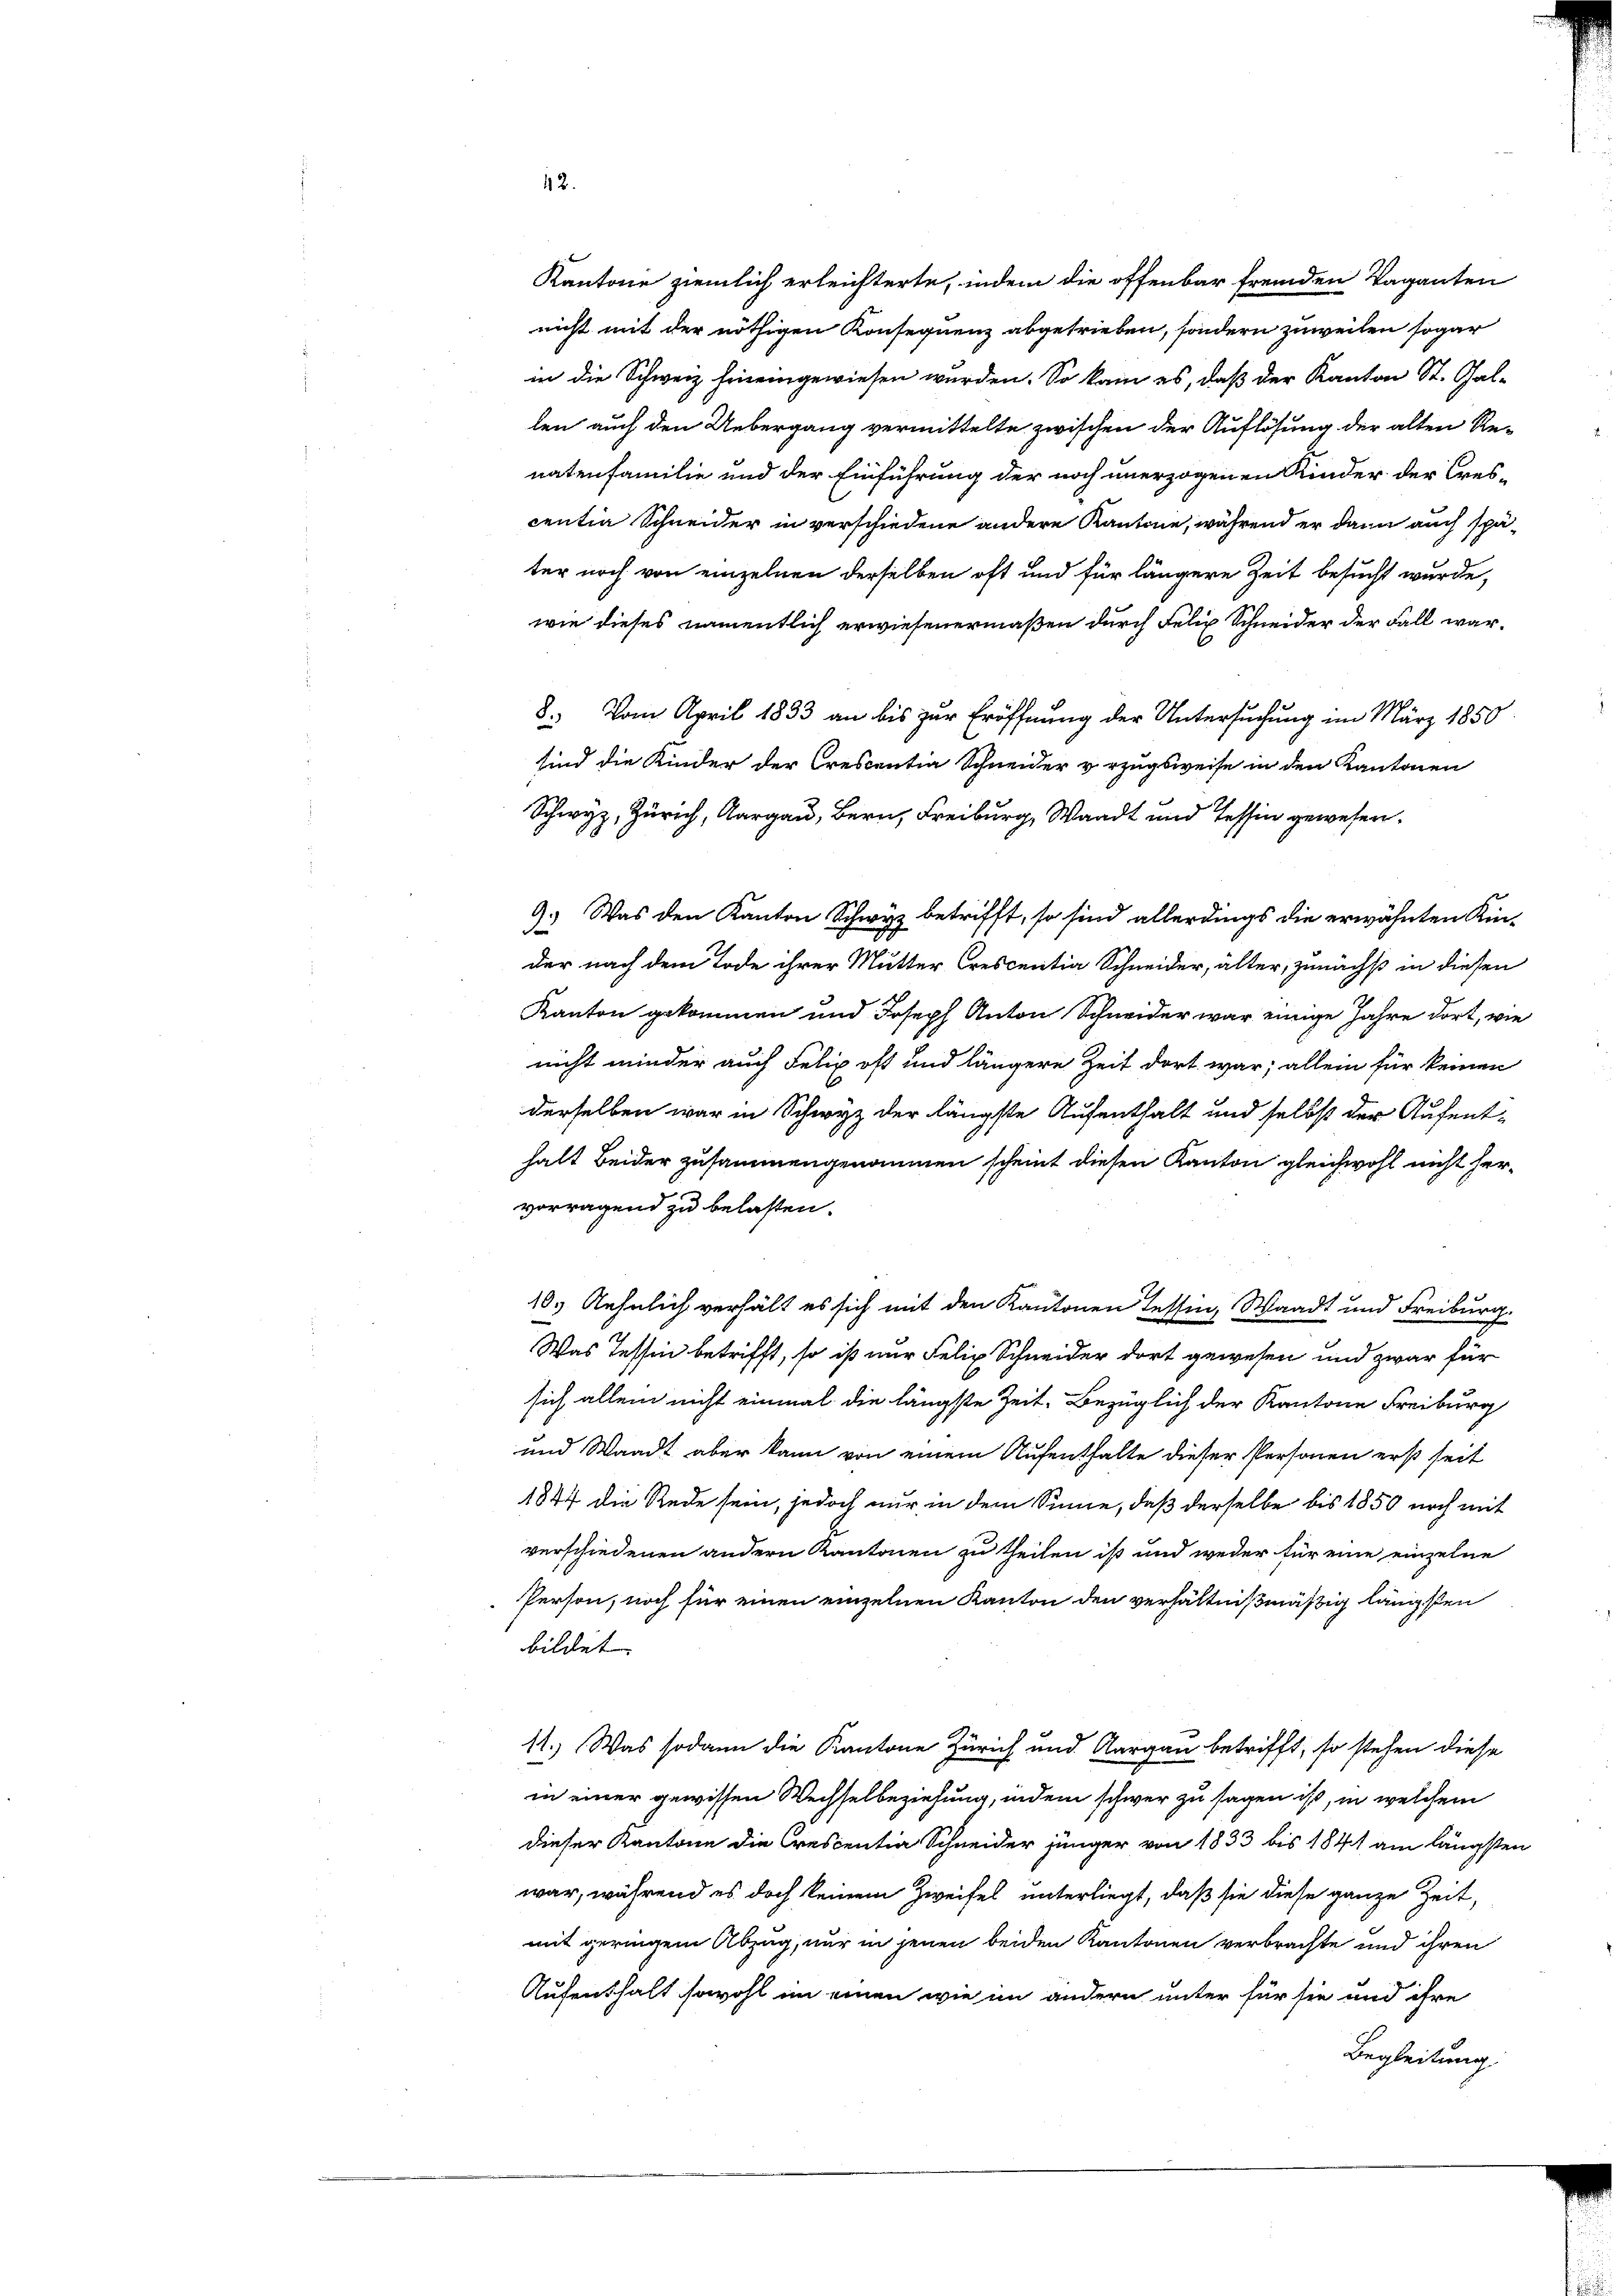
ter noch von einzelnen derselben oft und für längere Zeit besucht wurde,
wie dieses namentlich erwiesenermaßen durch Felix Schneider der Fall war¬
8.) Vom April 1833 an bis zur Eröffnung der Untersuchung im März 1850
sind die Kinder der Crescentia Schneider vorzugsweise in den Kantonen
Schwyz, Zürich, Aargau, Bern, Freiburg, Waadt und Tessin gewesen.
9.) Was den Kanton Schwyz betrifft, so sind allerdings die erwähnten Kinder nach dem Tode ihrer Mutter Crescentia Schneider, älter, zunächst in diesen
Kanton gekommen und Joseph Anton Schneider war einige Jahre dort, wie
nicht minder auch Felix oft und längere Zeit dort war; allein für keinen
derselben war in Schwyz der längste Aufenthalt und selbst der Aufent-
halt Beider zusammengenommen scheint diesen Kanton gleichwohl nicht hervorragend zu belasten.
10. Aehnlich verhält es sich mit den Kantonen Tessin, Waadt und Freiburg.
Was Tessin betrifft, so ist nur Felix Schneider dort gewesen und zwar für
sich allein nicht einmal die längste Zeit Bezüglich der Kantone Freiburg
und Waadt aber kann von einem Aufenthalte dieser Personen erst seit
1844 die Rede sein, jedoch nur in dem Sinne, daß derselbe bis 1850 noch mit
verschiedenen andern Kantonen zu theilen ist und weder für eine einzelne
Person, noch für einen einzelnen Kanton den verhältnißmäßig längsten
bildet.
11.) Was sodann die Kantone Zürich und Aargau betrifft, so stehen diese
in einer gewissen Wechselbeziehung, indem schwer zu sagen ist, in welchem
dieser Kantone die Crescentia Schneider jünger von 1833 bis 1841 am längsten
war, während es doch keinem Zweifel unterliegt, daß sie diese ganze Zeit,
mit geringem Abzug, nur in jenen beiden Kantonen verbrachte und ihren
Aufenthalt sowohl im einen wie im andern unter für sie und ihre
Begleitung

Kantone ziemlich erleichterte, indem die offenbar fremden Vaganten
nicht mit der nöthigen Konsequenz abgetrieben, sondern zuweilen sogar
in die Schweiz hineingewiesen wurden. So kam es, daß der Kanton St. Gal-
len auch den Uebergang vermittelte zwischen der Auflösung der alten Renatenfamilie und der Einführung der noch unerzogenen Kinder der Cres-
centia Schneider in verschiedene andere Kantone, während er dann auch spä¬